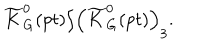
\widetilde { K } _ { G } ^ { 0 } ( p t ) / \left( \widetilde { K } _ { G } ^ { 0 } ( p t ) \right) _ { 3 } .